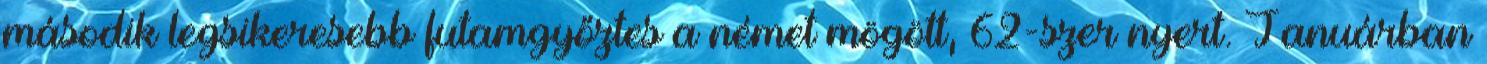
második legsikeresebb futamgyőztes a német mögött, 62-szer nyert. Januárban